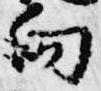
向